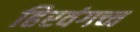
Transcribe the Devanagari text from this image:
हिरवंगच्च